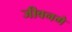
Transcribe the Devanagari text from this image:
जीवनमे